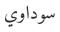
سوداوي